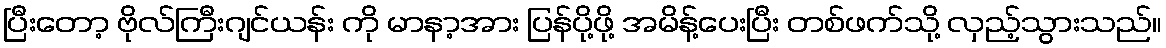
ပြီးတော့ ဗိုလ်ကြီးဂျင်ယန်း ကို မာနာ့အား ပြန်ပို့ဖို့ အမိန့်ပေးပြီး တစ်ဖက်သို့ လှည့်သွားသည်။